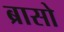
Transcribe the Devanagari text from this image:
ब्रासो